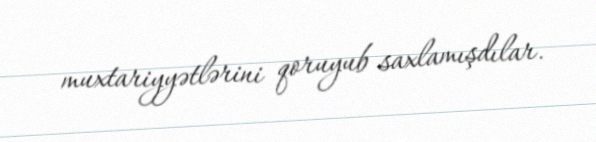
muxtariyyətlərini qoruyub saxlamışdılar.